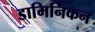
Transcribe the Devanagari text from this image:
डामिनिकन